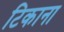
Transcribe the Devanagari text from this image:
टिकाना